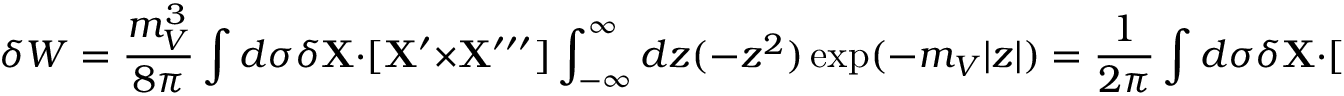
\delta W = { \frac { m _ { V } ^ { 3 } } { 8 \pi } } \int d \sigma \delta { \bf X } \cdot [ { \bf X } ^ { \prime } \times { \bf X } ^ { \prime \prime \prime } ] \int _ { - \infty } ^ { \infty } d z ( - z ^ { 2 } ) \exp ( - m _ { V } | z | ) = { \frac { 1 } { 2 \pi } } \int d \sigma \delta { \bf X } \cdot [ { \bf X } ^ { \prime } \times { \bf X } ^ { \prime \prime \prime } ] .